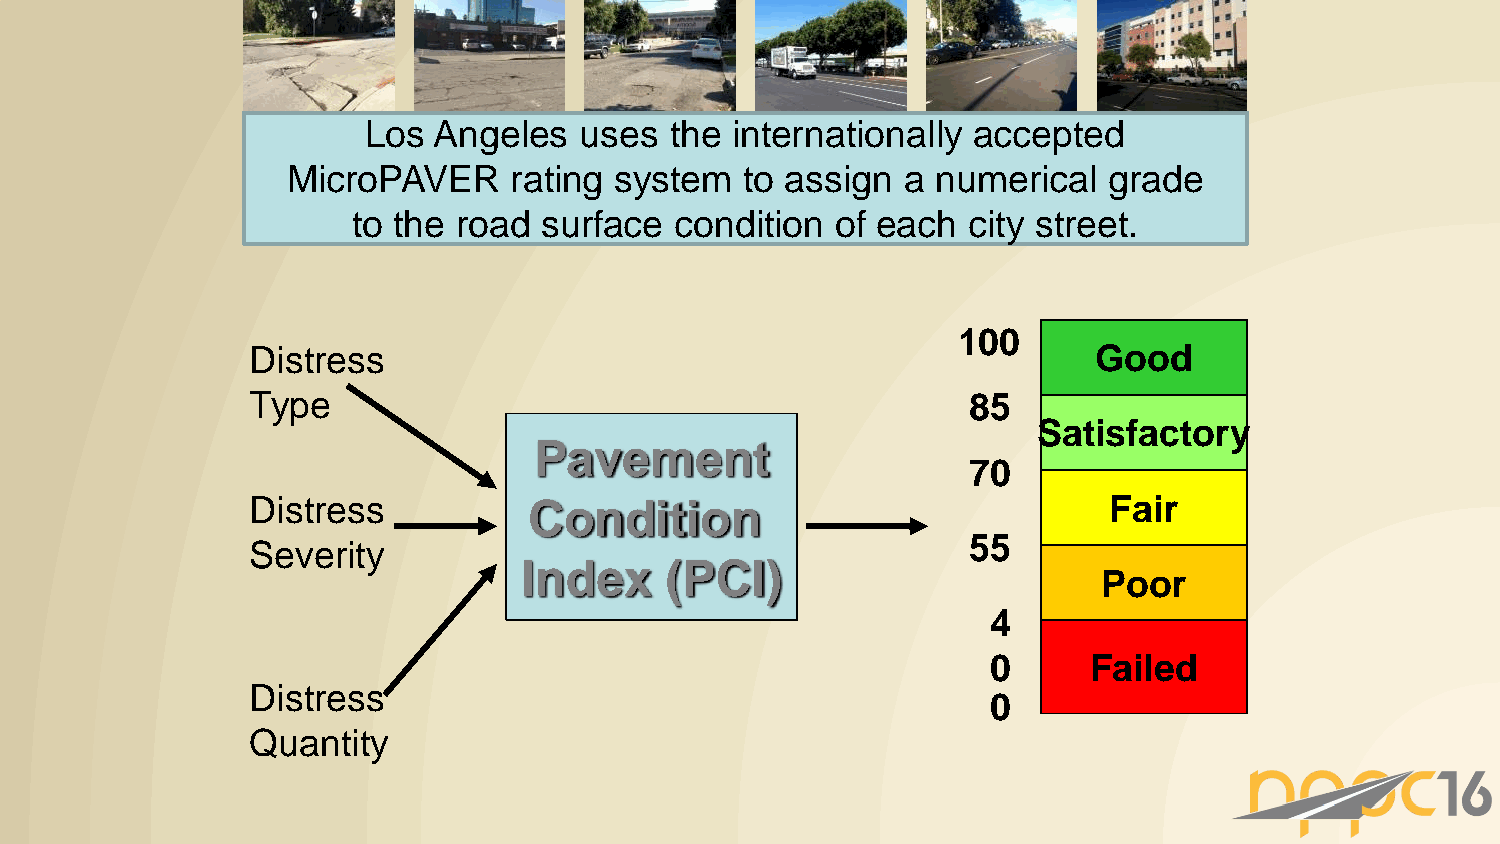
Los  Angeles  uses  the internationally accepted
 MicroPAVER     rating system  to assign  a numerical  grade
 to the road  surface  condition of each  city street.
 100
 Distress                                               Good
 Type                                           85
 Satisfactory
 Pavement
 70
 Distress          Condition                             Fair
 55
 Severity
 Index    (PCI)
 Poor
 4
 0     Failed
 Distress
 0
 Quantity